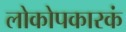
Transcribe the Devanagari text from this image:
लोकोपकारकं